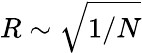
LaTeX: R\sim\sqrt{1/N}